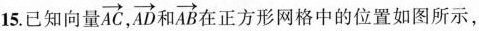
15.已知向量\overrightarrow{AC}, \overrightarrow{AD}和\overrightarrow{AB}在正方形网格中的位置如图所示，